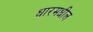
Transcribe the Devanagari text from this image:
धारमधील